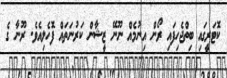
ކޮޓަރީގައި ބިތްޖެހިފައި ރޯން އިނުމެއް ނޫނޭ ޒީޝާން ކަރުނަތައް ފޮހެލިއެވެ. ރޫނާ ގެ